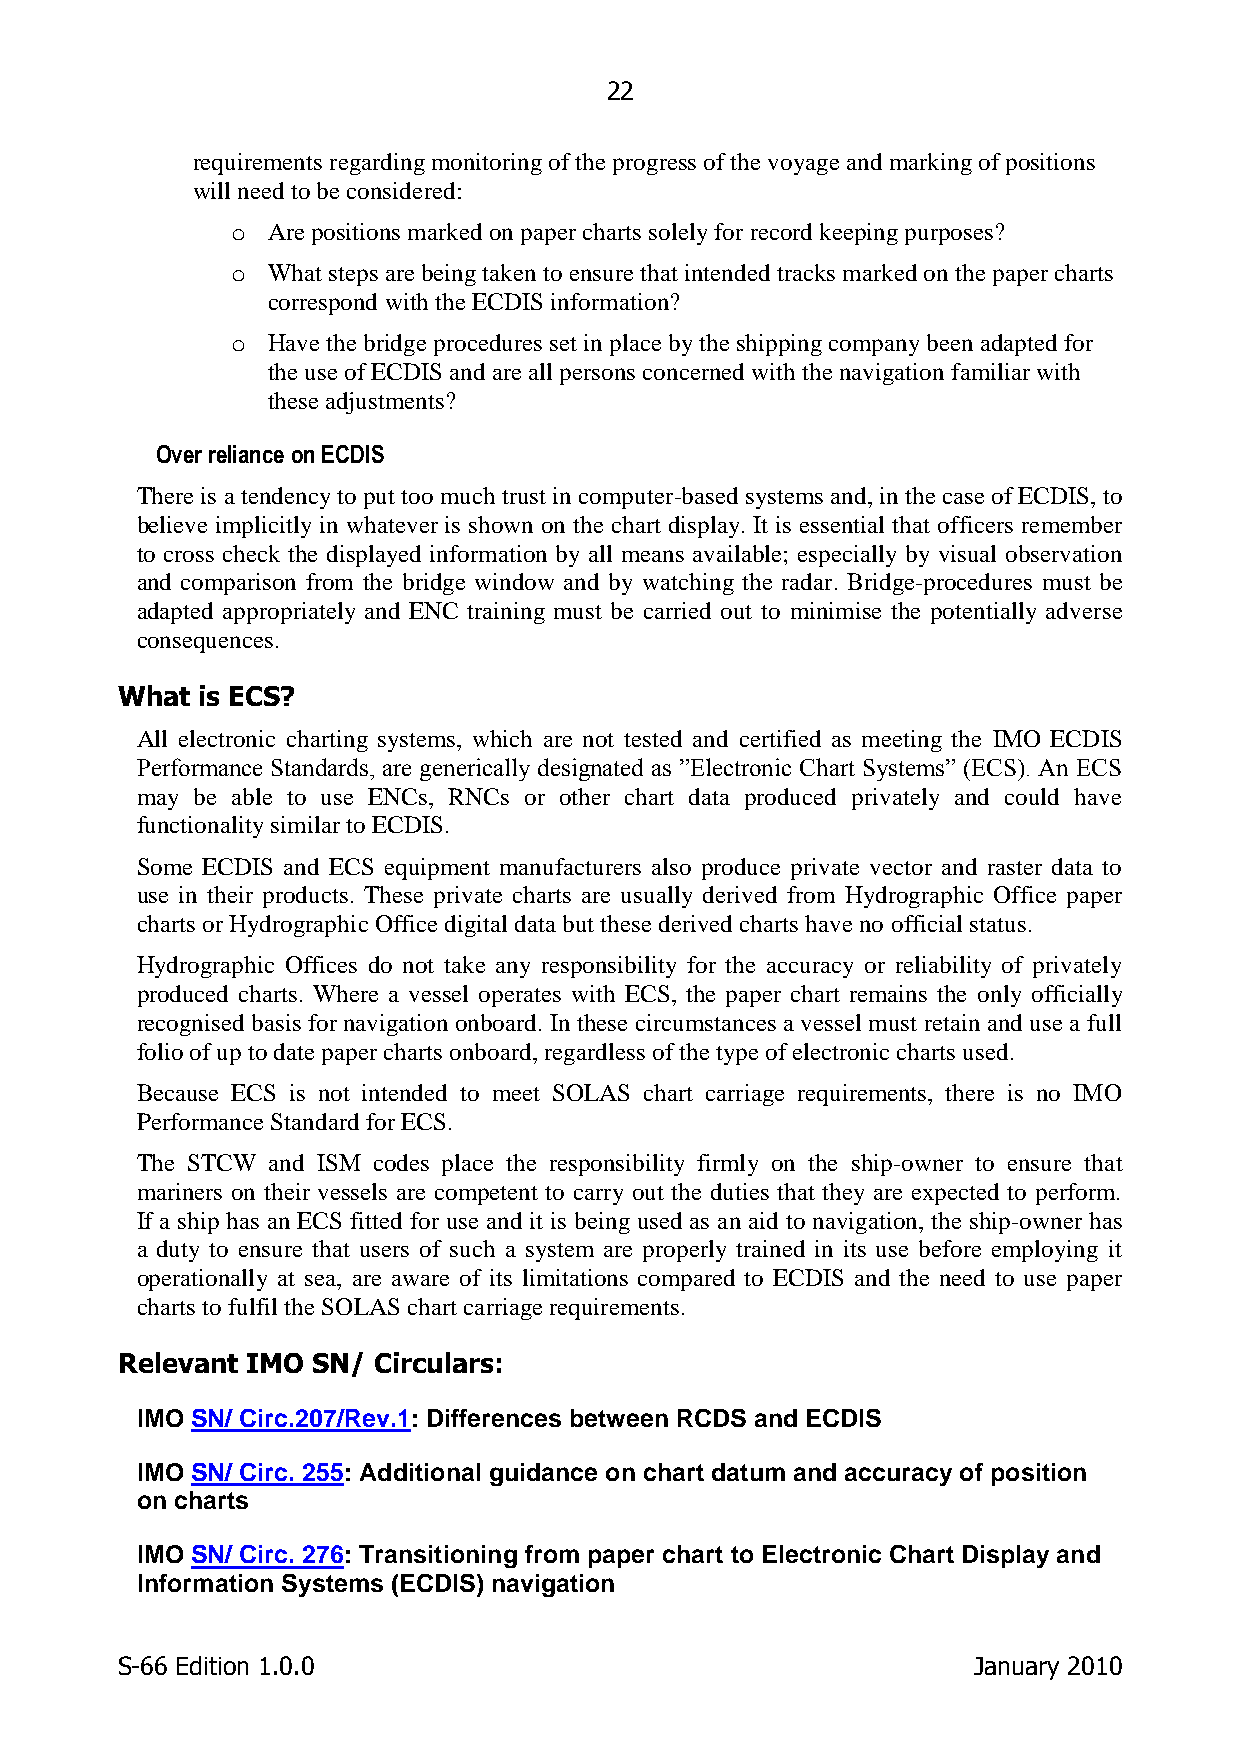
22
 requirements regarding monitoring of the progress of the voyage and marking of positions
 will need to be considered:
 o  Are positions marked on paper charts solely for record keeping purposes?
 o  What steps are being taken to ensure that intended tracks marked on the paper charts
 correspond with the ECDIS information?
 o  Have the bridge procedures set in place by the shipping company been adapted for
 the use of ECDIS and are all persons concerned with the navigation familiar with
 these adjustments?
 Over reliance on ECDIS
 There is a tendency to put too much trust in computer-based systems and, in the case of ECDIS, to
 believe implicitly in whatever is shown on the chart display. It is essential that officers remember
 to cross check the displayed information by all means available; especially by visual observation
 and comparison from the bridge window and by watching the radar. Bridge-procedures must be
 adapted appropriately and ENC training must be carried out to minimise the potentially adverse
 consequences.
 What is ECS?
 All electronic charting systems, which are not tested and certified as meeting the IMO ECDIS
 Performance Standards, are generically designated as ”Electronic Chart Systems” (ECS). An ECS
 may be able to use ENCs, RNCs or other chart data produced privately and could have
 functionality similar to ECDIS.
 Some ECDIS and ECS equipment manufacturers also produce private vector and raster data to
 use in their products. These private charts are usually derived from Hydrographic Office paper
 charts or Hydrographic Office digital data but these derived charts have no official status.
 Hydrographic Offices do not take any responsibility for the accuracy or reliability of privately
 produced charts. Where a vessel operates with ECS, the paper chart remains the only officially
 recognised basis for navigation onboard. In these circumstances a vessel must retain and use a full
 folio of up to date paper charts onboard, regardless of the type of electronic charts used.
 Because ECS is not intended to meet SOLAS chart carriage requirements, there is no IMO
 Performance Standard for ECS.
 The STCW and ISM codes place the responsibility firmly on the ship-owner to ensure that
 mariners on their vessels are competent to carry out the duties that they are expected to perform.
 If a ship has an ECS fitted for use and it is being used as an aid to navigation, the ship-owner has
 a duty to ensure that users of such a system are properly trained in its use before employing it
 operationally at sea, are aware of its limitations compared to ECDIS and the need to use paper
 charts to fulfil the SOLAS chart carriage requirements.
 Relevant IMO SN/ Circulars:
 IMO SN/ Circ.207/Rev.1: Differences between RCDS and ECDIS
 IMO SN/ Circ. 255: Additional guidance on chart datum and accuracy of position
 on charts
 IMO SN/ Circ. 276: Transitioning from paper chart to Electronic Chart Display and
 Information Systems (ECDIS) navigation
 S-66 Edition 1.0.0                                      January 2010